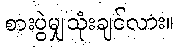
စားပွဲမျှသုံးချင်လား။